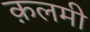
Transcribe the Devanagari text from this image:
क़लमी